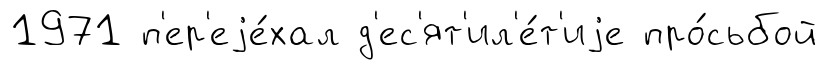
1971 п'ер'еjе́хал д'ес'ят'ил'е́т'иjе про́сьбой